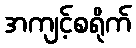
အကျင့်စရိုက်